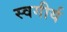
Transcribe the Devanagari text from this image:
स्वगीर्य